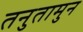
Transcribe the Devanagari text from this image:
तनुतामुन